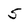
Character: 5